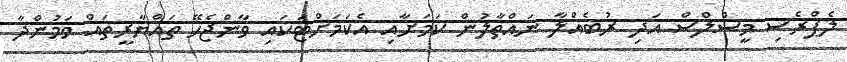
ލެޕްރެސި މީސްލްސް އަދި ރުބެއްލާ ނައްތާލުން ކަމަށާއި އެކަމަށްޓަކައި ވާންޖެހޭ ތައްޔާރީތައް ވަމުންދާ